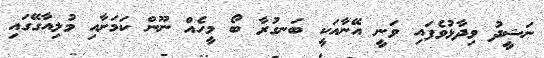
ނަޝީދު ވިދާޅުވެފައި ވަނީ އޭނާއަކީ ބަނގުރާ ބޯ މީހެއް ނޫން ކަމަށާއި މުލިއާގޭގައި